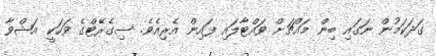
ގަދަކަމުން ނަގައި ބިން މައްޗަށް ވައްޓާލައި ފައިން އެރިއެވެ. ސިގެރޭޓްގެ ވަހަކީ އަޝްވާ